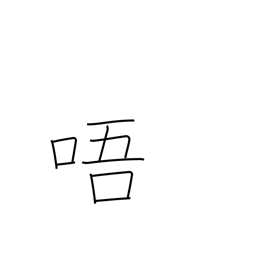
Meaning: reading voice